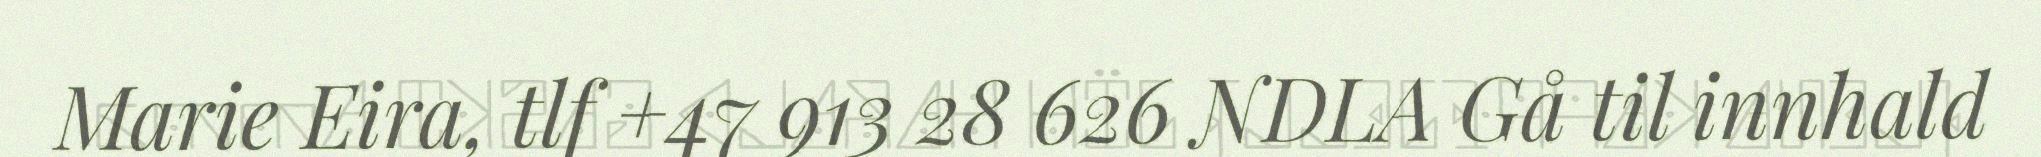
Marie Eira, tlf +47 913 28 626 NDLA Gå til innhald